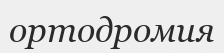
ортодромия